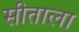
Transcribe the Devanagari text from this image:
सीताला